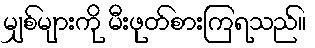
မျှစ်များကို မီးဖုတ်စားကြရသည်။